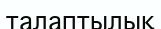
талаптылық